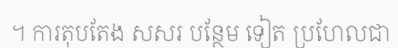
។ ការតុបតែង សសរ បន្ថែម ទៀត ប្រហែលជា